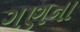
ગણના